Lunatic asylums Bombay report 1878-1890 - 1878-1890
Year: 1878
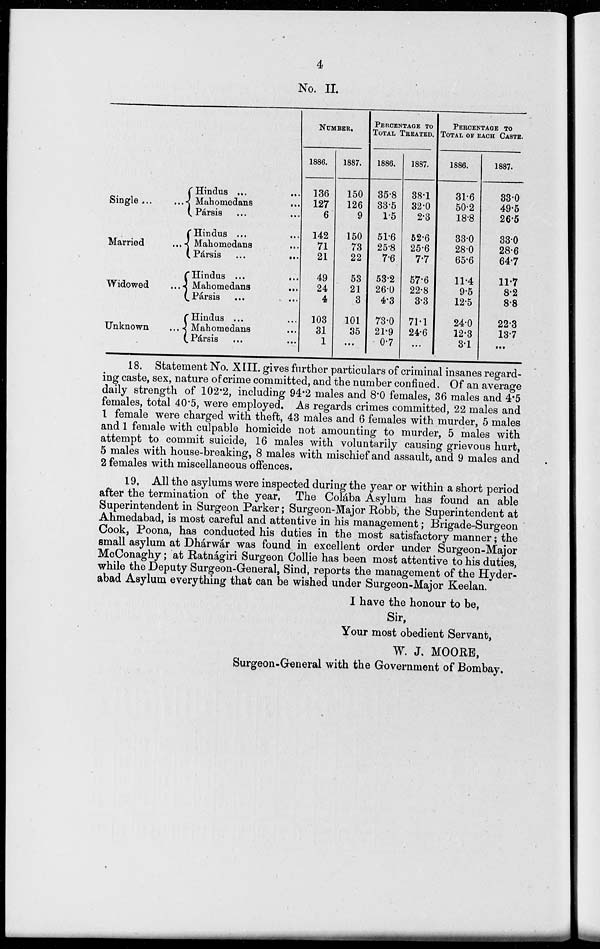
4
No. II.
Single
...
...
Married
...
Widowed
...
Unknown
...
Hindus ... ...
Mahomedans ...
Pársis ... ...
Hindus ... ...
Mahomedans ...
Pársis ...
...
Hindus ... ...
Mahomedans
...
Pársis ... ...
Hindus ... ...
Mahomedans ...
Pársis ... ...
NUMBER.
1886.
136
127
6
142
71
21
49
24
4
103
31
1
1887.
150
126
9
150
73
22
53
21
3
101
35
...
PERCENTAGE TO
TOTAL TREATED.
1886.
35.8
33.5
1.5
51.6
25.8
7.6
53.2
26.0
4.3
73.0
21.9
0.7
1887.
38.1
32.0
2.3
52.6
25.6
7.7
57.6
22.8
3.3
71.1
24.6
...
PERCENTAGE TO
TOTAL OF EACH CASTE.
1886.
31.6
50.2
18.8
33.0
28.0
65.6
11.4
9.5
12.5
24.0
12.3
3.1
1887.
33.0
49.5
26.5
33.0
28.6
64.7
11.7
8.2
8.8
22.3
13.7
...
18. Statement No. XIII. gives further particulars of criminal insanes regard-
ing caste, sex, nature of crime committed, and the number confined. Of an average
daily strength of 102.2, including 94.2 males and 8.0 females, 36 males and 4.5
females, total 40.5, were employed. As regards crimes committed, 22 males and
1 female were charged with theft, 43 males and 6 females with murder, 5 males
and 1 female with culpable homicide not amounting to murder, 5 males with
attempt to commit suicide, 16 males with voluntarily causing grievous hurt,
5 males with house-breaking, 8 males with mischief and assault, and 9 males and
2 females with miscellaneous offences.
19. All the asylums were inspected during the year or within a short period
after the termination of the year, The Colába Asylum has found an able
Superintendent in Surgeon Parker; Surgeon-Major Robb, the Superintendent at
Ahmedabad, is most careful and attentive in his management; Brigade-Surgeon
Cook, Poona, has conducted his duties in the most satisfactory manner; the
small asylum at Dhárwar was found in excellent order under Surgeon-Major
McConaghy; at Ratnágiri Surgeon Collie has been most attentive to his duties,
while the Deputy Surgeon-General, Sind, reports the management of the Hyder-
abad Asylum everything that can be wished under Surgeon-Major Keelan.
I have the honour to be,
Sir,
Your most obedient Servant,
W. J. MOORE,
Surgeon-General with the Government of Bombay.